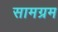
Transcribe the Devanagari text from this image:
सामग्रम